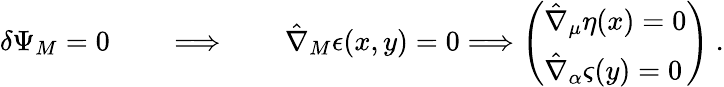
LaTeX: \delta\Psi_{M}=0\qquad\Longrightarrow\qquad\hat{\nabla}_{M}\epsilon(x,y)=0\Longrightarrow\left(\begin{array}{l}{{\hat{\nabla}_{\mu}\eta(x)=0}}\\ {{\hat{\nabla}_{\alpha}\varsigma(y)=0}}\end{array}\right)\ .